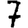
Digit: 7